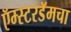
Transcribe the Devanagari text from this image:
ऍम्स्टरडॅमचा